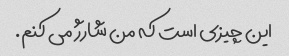
این چیزی است که من شارژ می کنم.